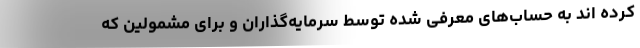
کرده اند به حساب‌های معرفی شده توسط سرمایه‌گذاران و برای مشمولین که